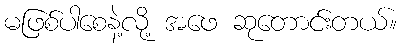
မဖြစ်ပါစေနဲ့လို့ အဖေ ဆုတောင်းတယ်။